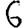
Digit: 6